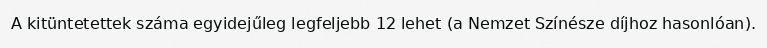
A kitüntetettek száma egyidejűleg legfeljebb 12 lehet (a Nemzet Színésze díjhoz hasonlóan).